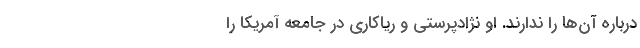
درباره آن‌ها را ندارند. او نژادپرستی و ریاکاری در جامعه آمریکا را